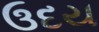
ઉદય